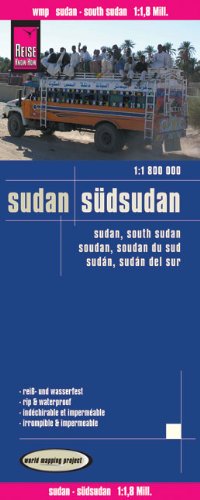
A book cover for Sudan, South Sudan; Reise Know-How Verlag; Travel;